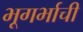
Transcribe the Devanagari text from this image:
भूगर्भाची